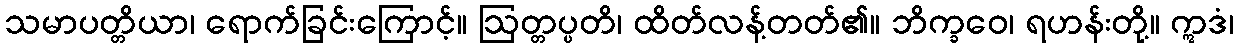
သမာပတ္တိယာ၊ ရောက်ခြင်းကြောင့်။ ဩတ္တပ္ပတိ၊ ထိတ်လန့်တတ်၏။ ဘိက္ခဝေ၊ ရဟန်းတို့။ ဣဒံ၊